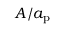
A / a _ { \mathrm { p } }